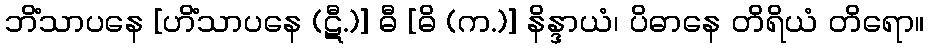
ဘိံသာပနေ [ဟိံသာပနေ (ဋီ.)] ဓီ [ဓိ (က.)] နိန္ဒာယံ၊ ပိဓာနေ တိရိယံ တိရော။